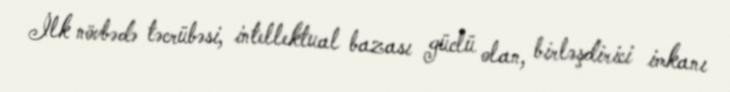
İlk növbədə təcrübəsi, intellektual bazası güclü olan, birləşdirici imkanı